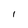
Character: l